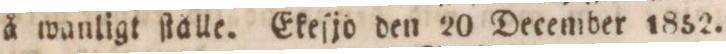
å wanligt ſtålle. Ekeſjo den 20 December 1852.